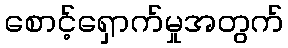
စောင့်ရှောက်မှုအတွက်